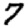
Digit: 7